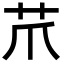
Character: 𦬔